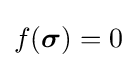
f({\boldsymbol {\sigma }})=0